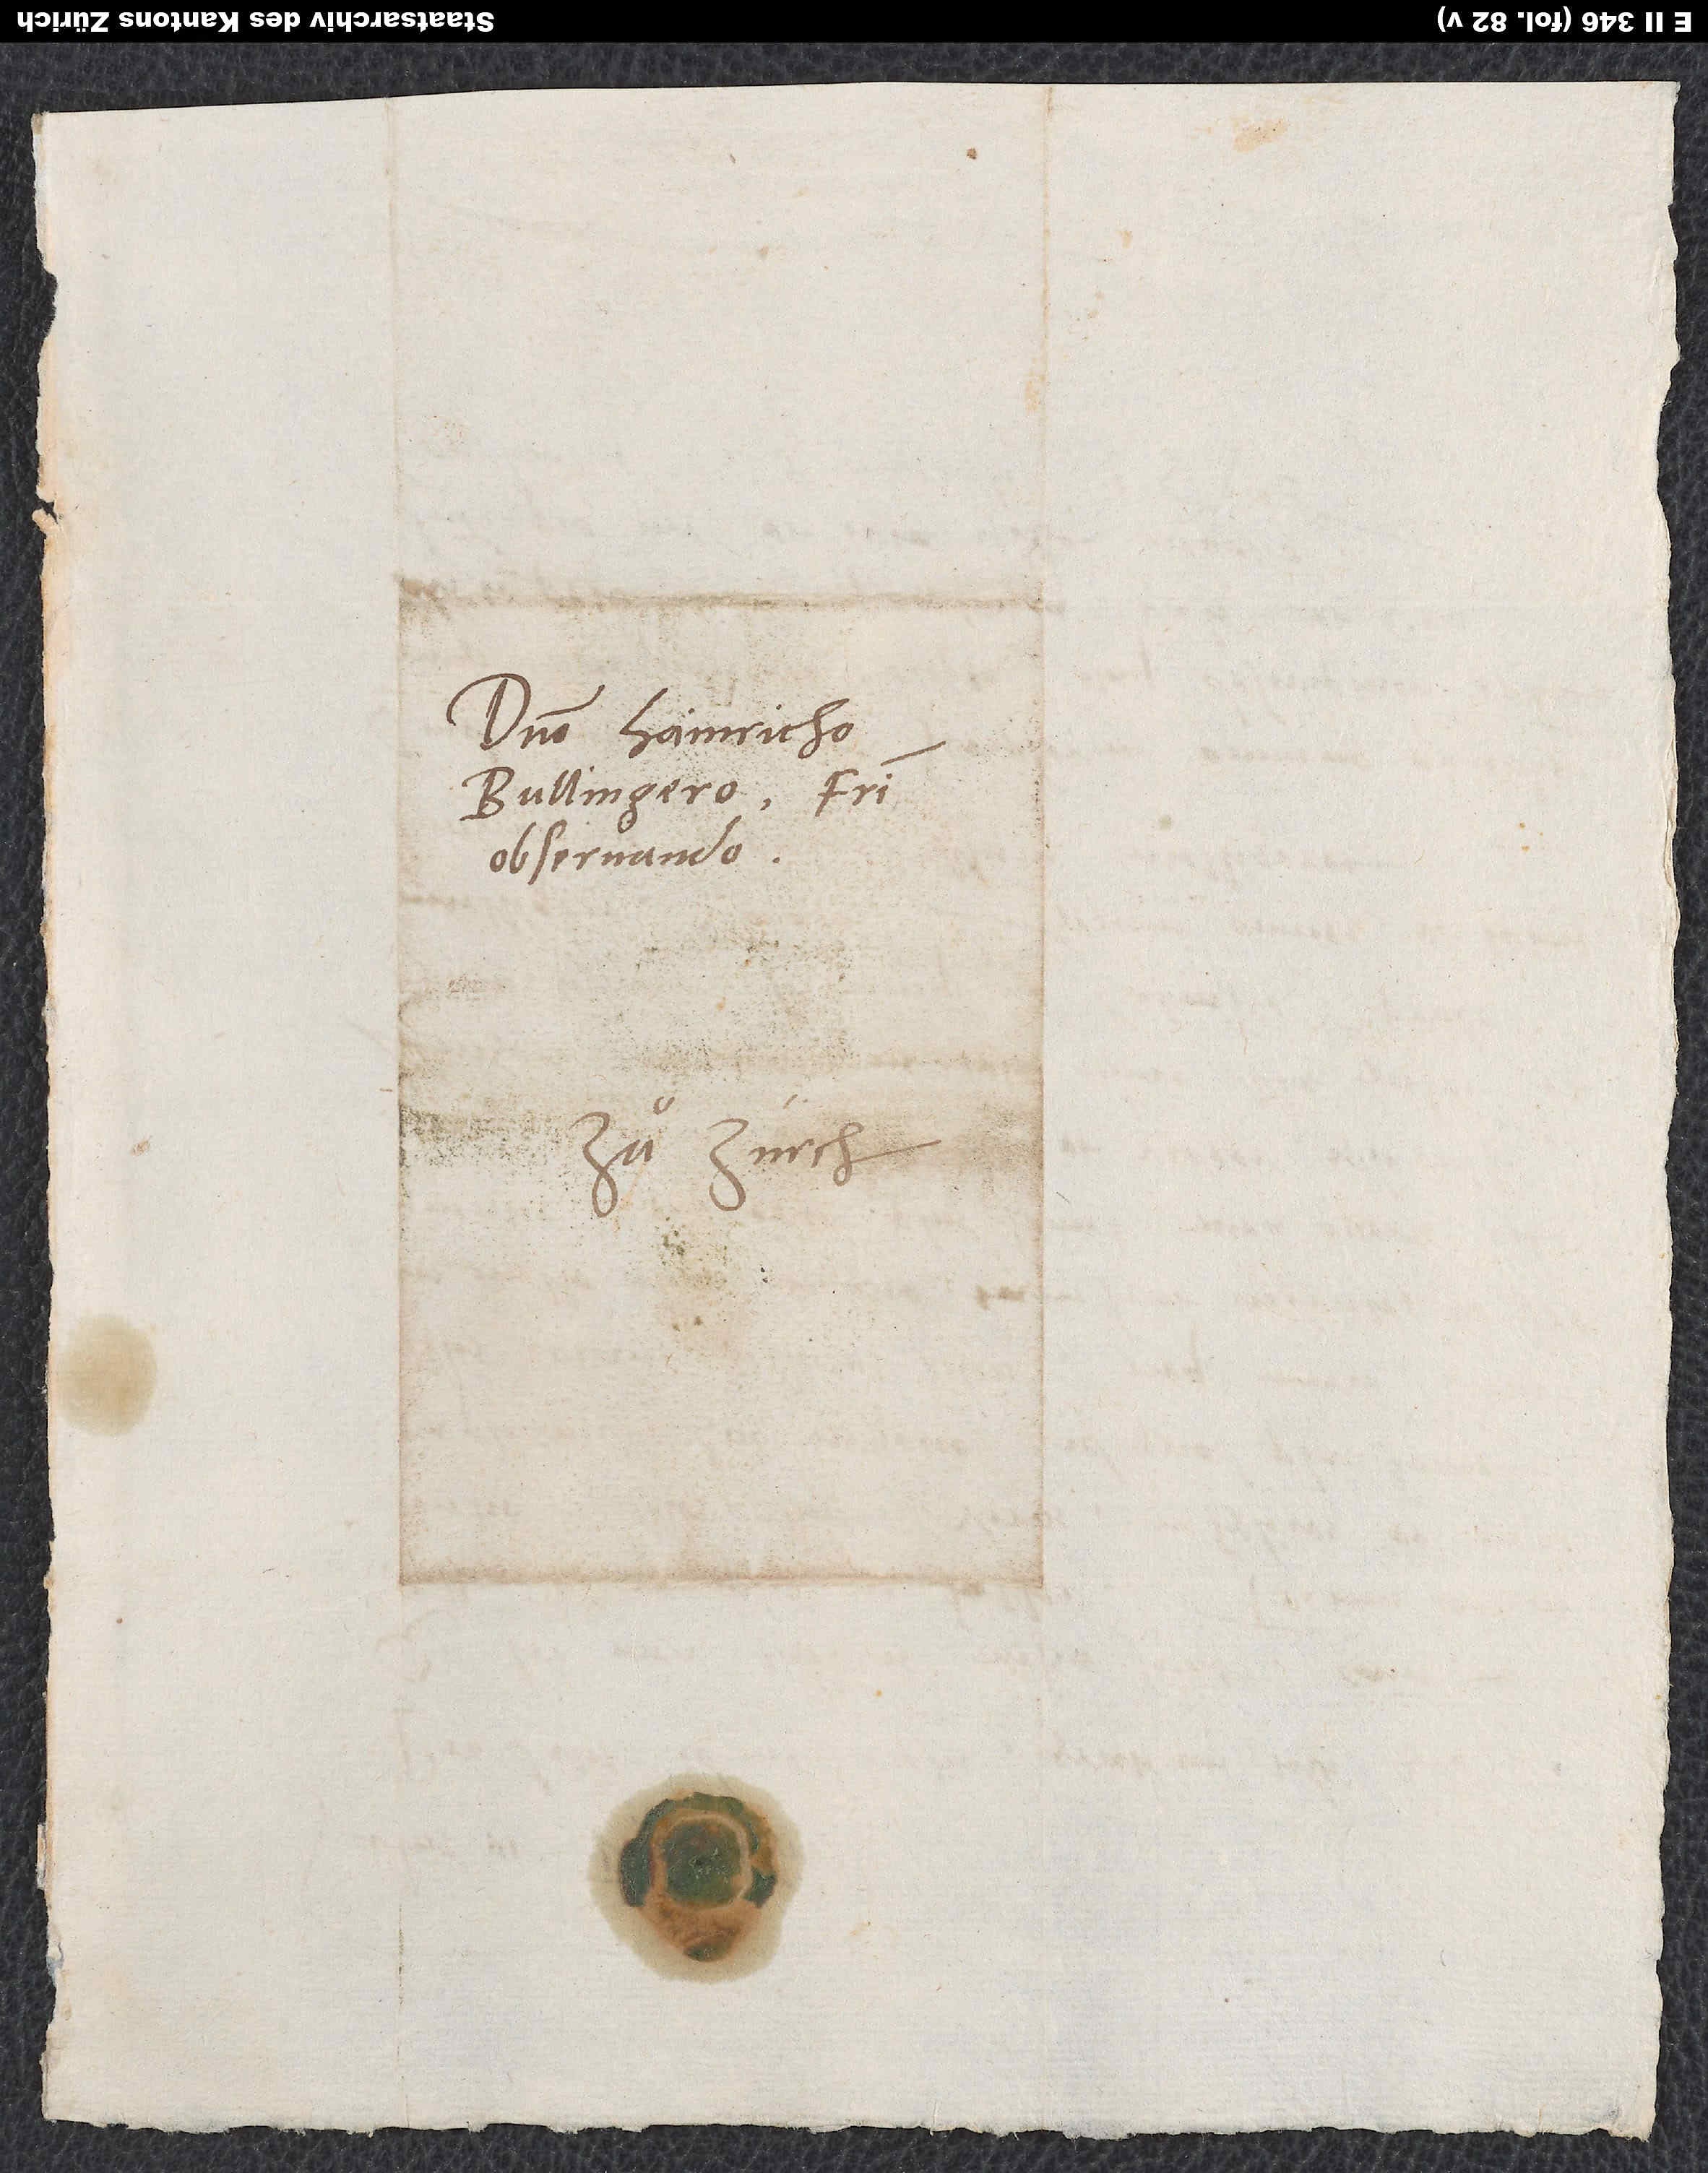
Domino Hainricho
Bullingero, fratri
observando.
Zuͦ Zurch.